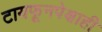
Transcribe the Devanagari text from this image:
टायफूनपेक्षाही